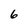
Character: 6